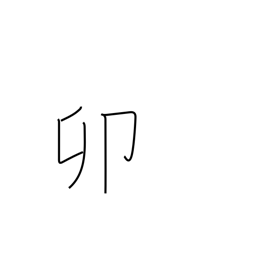
Meaning: fourth sign of Chinese zodiac